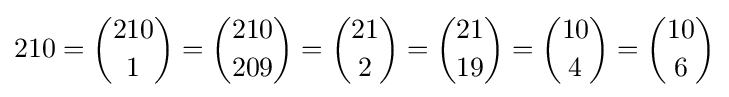
210={210 \choose 1}={210 \choose 209}={21 \choose 2}={21 \choose 19}={10 \choose 4}={10 \choose 6}